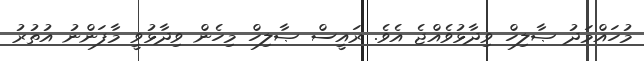
މުހައްމަދު ޞާލިހް ވިދާޅުވެއްޖެ އެވެ. ރައީސް ޞާލިހް މިހެން ވިދާޅުވީ މާފަންނު އުތުރު